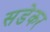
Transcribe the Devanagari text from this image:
सडेकर